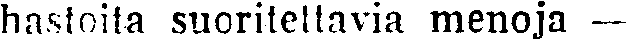
hastoita suoriteltavia menoja —